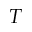
T